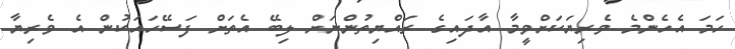
ހަމަ އެހެންމެ ވެރިޔަކަށްވީމާ އާދައިގެ ރައްޔިތުންނަށް ލިބޭ އެތަށް ފަސޭހައަކުން އެ ވެރިޔާ